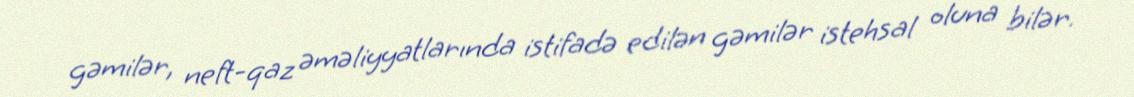
gəmilər, neft-qaz əməliyyatlarında istifadə edilən gəmilər istehsal oluna bilər.